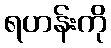
ရဟန်းကို